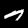
Label: 7